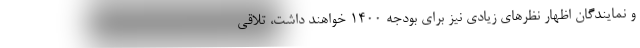
و نمایندگان اظهار نظر‌های زیادی نیز برای بودجه ۱۴۰۰ خواهند داشت، تلاقی